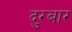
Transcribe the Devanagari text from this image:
दुरबार